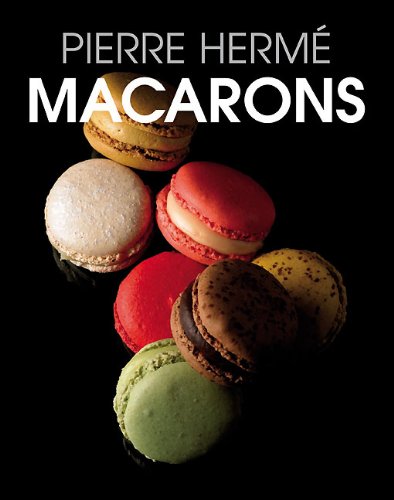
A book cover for Macarons; Pierre HermÃ©; Cookbooks, Food & Wine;